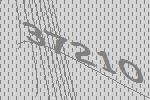
37210